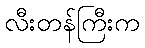
လီးတန်ကြီးက